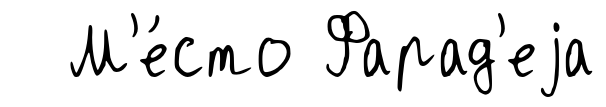
М'е́сто Фарад'еjа